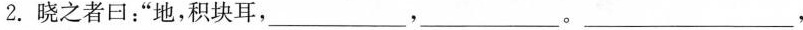
2.晓之者日：”地，积块耳，___，___。___，